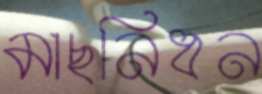
মাছনিধন